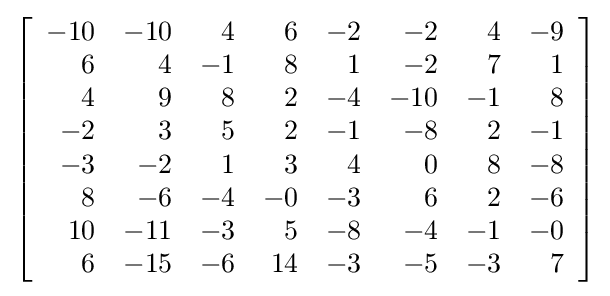
\left[{\begin{array}{rrrrrrrr}-10&-10&4&6&-2&-2&4&-9\\6&4&-1&8&1&-2&7&1\\4&9&8&2&-4&-10&-1&8\\-2&3&5&2&-1&-8&2&-1\\-3&-2&1&3&4&0&8&-8\\8&-6&-4&-0&-3&6&2&-6\\10&-11&-3&5&-8&-4&-1&-0\\6&-15&-6&14&-3&-5&-3&7\end{array}}\right]